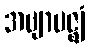
အဗျာပဇ္ဈံ